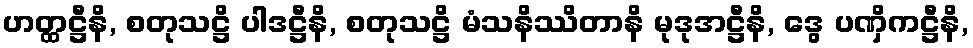
ဟတ္ထဋ္ဌီနိ, စတုသဋ္ဌိ ပါဒဋ္ဌီနိ, စတုသဋ္ဌိ မံသနိဿိတာနိ မုဒုအဋ္ဌီနိ, ဒွေ ပဏှိကဋ္ဌီနိ,